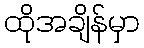
ထိုအချိန်မှာ